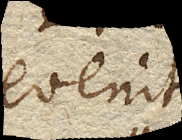
evenit.